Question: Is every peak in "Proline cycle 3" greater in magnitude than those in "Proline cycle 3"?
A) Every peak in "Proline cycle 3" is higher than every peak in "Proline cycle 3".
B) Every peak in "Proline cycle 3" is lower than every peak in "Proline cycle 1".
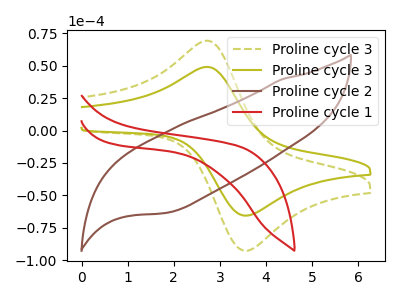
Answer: <think>The olive dashed curve "Proline cycle 3" has an anodic peak at (2.70V, 69.30uA) and a cathodic peak at (3.60V, -92.60uA). The olive curve "Proline cycle 3" has an anodic peak at (2.70V, 49.05uA) and a cathodic peak at (3.60V, -65.55uA). The brown curve "Proline cycle 2" has no peaks. The red curve "Proline cycle 1" has no peaks.</think>
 <answer>A) Every peak in "Proline cycle 3" is higher than every peak in "Proline cycle 3".</answer>
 <eval>A</eval>